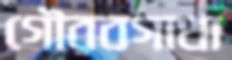
গৌরবগাথা